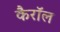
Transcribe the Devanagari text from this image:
कैरॉल